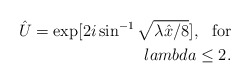
\begin{align*}\hat U = \exp[ 2 i \sin^{-1} \sqrt{\lambda \hat x/ 8} ], \ \ {\rm for }\\lambda \leq 2 .\end{align*}